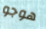
هوجو